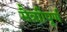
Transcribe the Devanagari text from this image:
मैत्राीपूर्ण